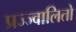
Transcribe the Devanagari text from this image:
प्रज्ज्वालितो